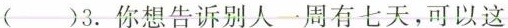
（）3.你想告诉别人一周有七天,可以这